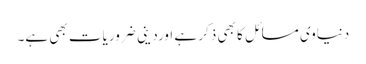
دنیاوی مسائل کا بھی ذکر ہے اورد ینی ضروریات بھی ہے۔